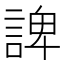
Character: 諀